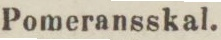
Pomeransskal.